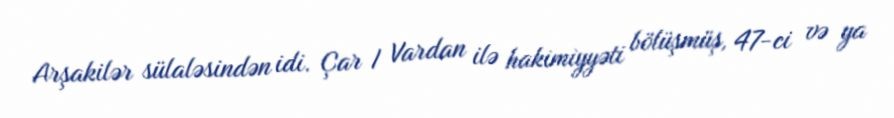
Arşakilər sülaləsindən idi. Çar I Vardan ilə hakimiyyəti bölüşmüş, 47-ci və ya